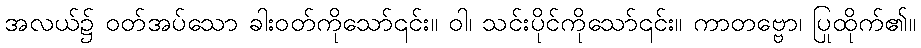
အလယ်၌ ဝတ်အပ်သော ခါးဝတ်ကိုသော်၎င်း။ ဝါ၊ သင်းပိုင်ကိုသော်၎င်း။ ကာတဗ္ဗော၊ ပြုထိုက်၏။